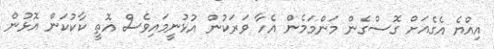
އިއްޔެ އެގެއަށް ގޮސްގެން މަންމަމެން އެހާ ވަރަކުން އުޅުނީމައިވެސް އޮތީ ކާކުކަން އޮޅުން